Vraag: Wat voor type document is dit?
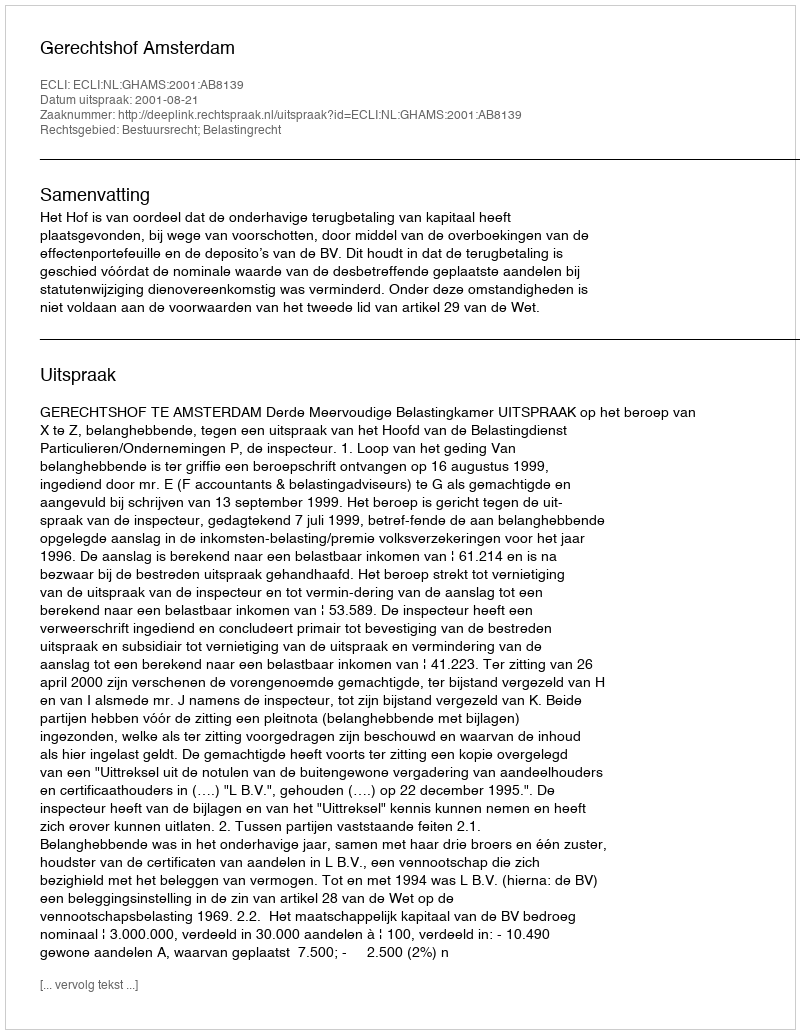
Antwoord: Uitspraak